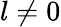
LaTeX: l\ne 0